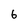
Character: 6